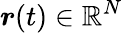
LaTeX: \boldsymbol{r}(t)\in\mathbb{R}^{N}